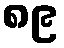
၈၉